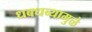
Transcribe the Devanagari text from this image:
धबधब्यामुळे